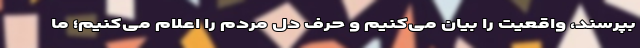
بپرسند، واقعیت را بیان می‌کنیم و حرف دل مردم را اعلام می‌کنیم؛ ما